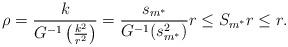
LaTeX: \begin{align*}\rho = \frac{k}{G^{-1}\left(\frac{k^2}{r^2}\right)}=\frac{s_{m^*}}{G^{-1}(s_{m^*}^2)}r\leq S_{m^*}r\leq r.\end{align*}